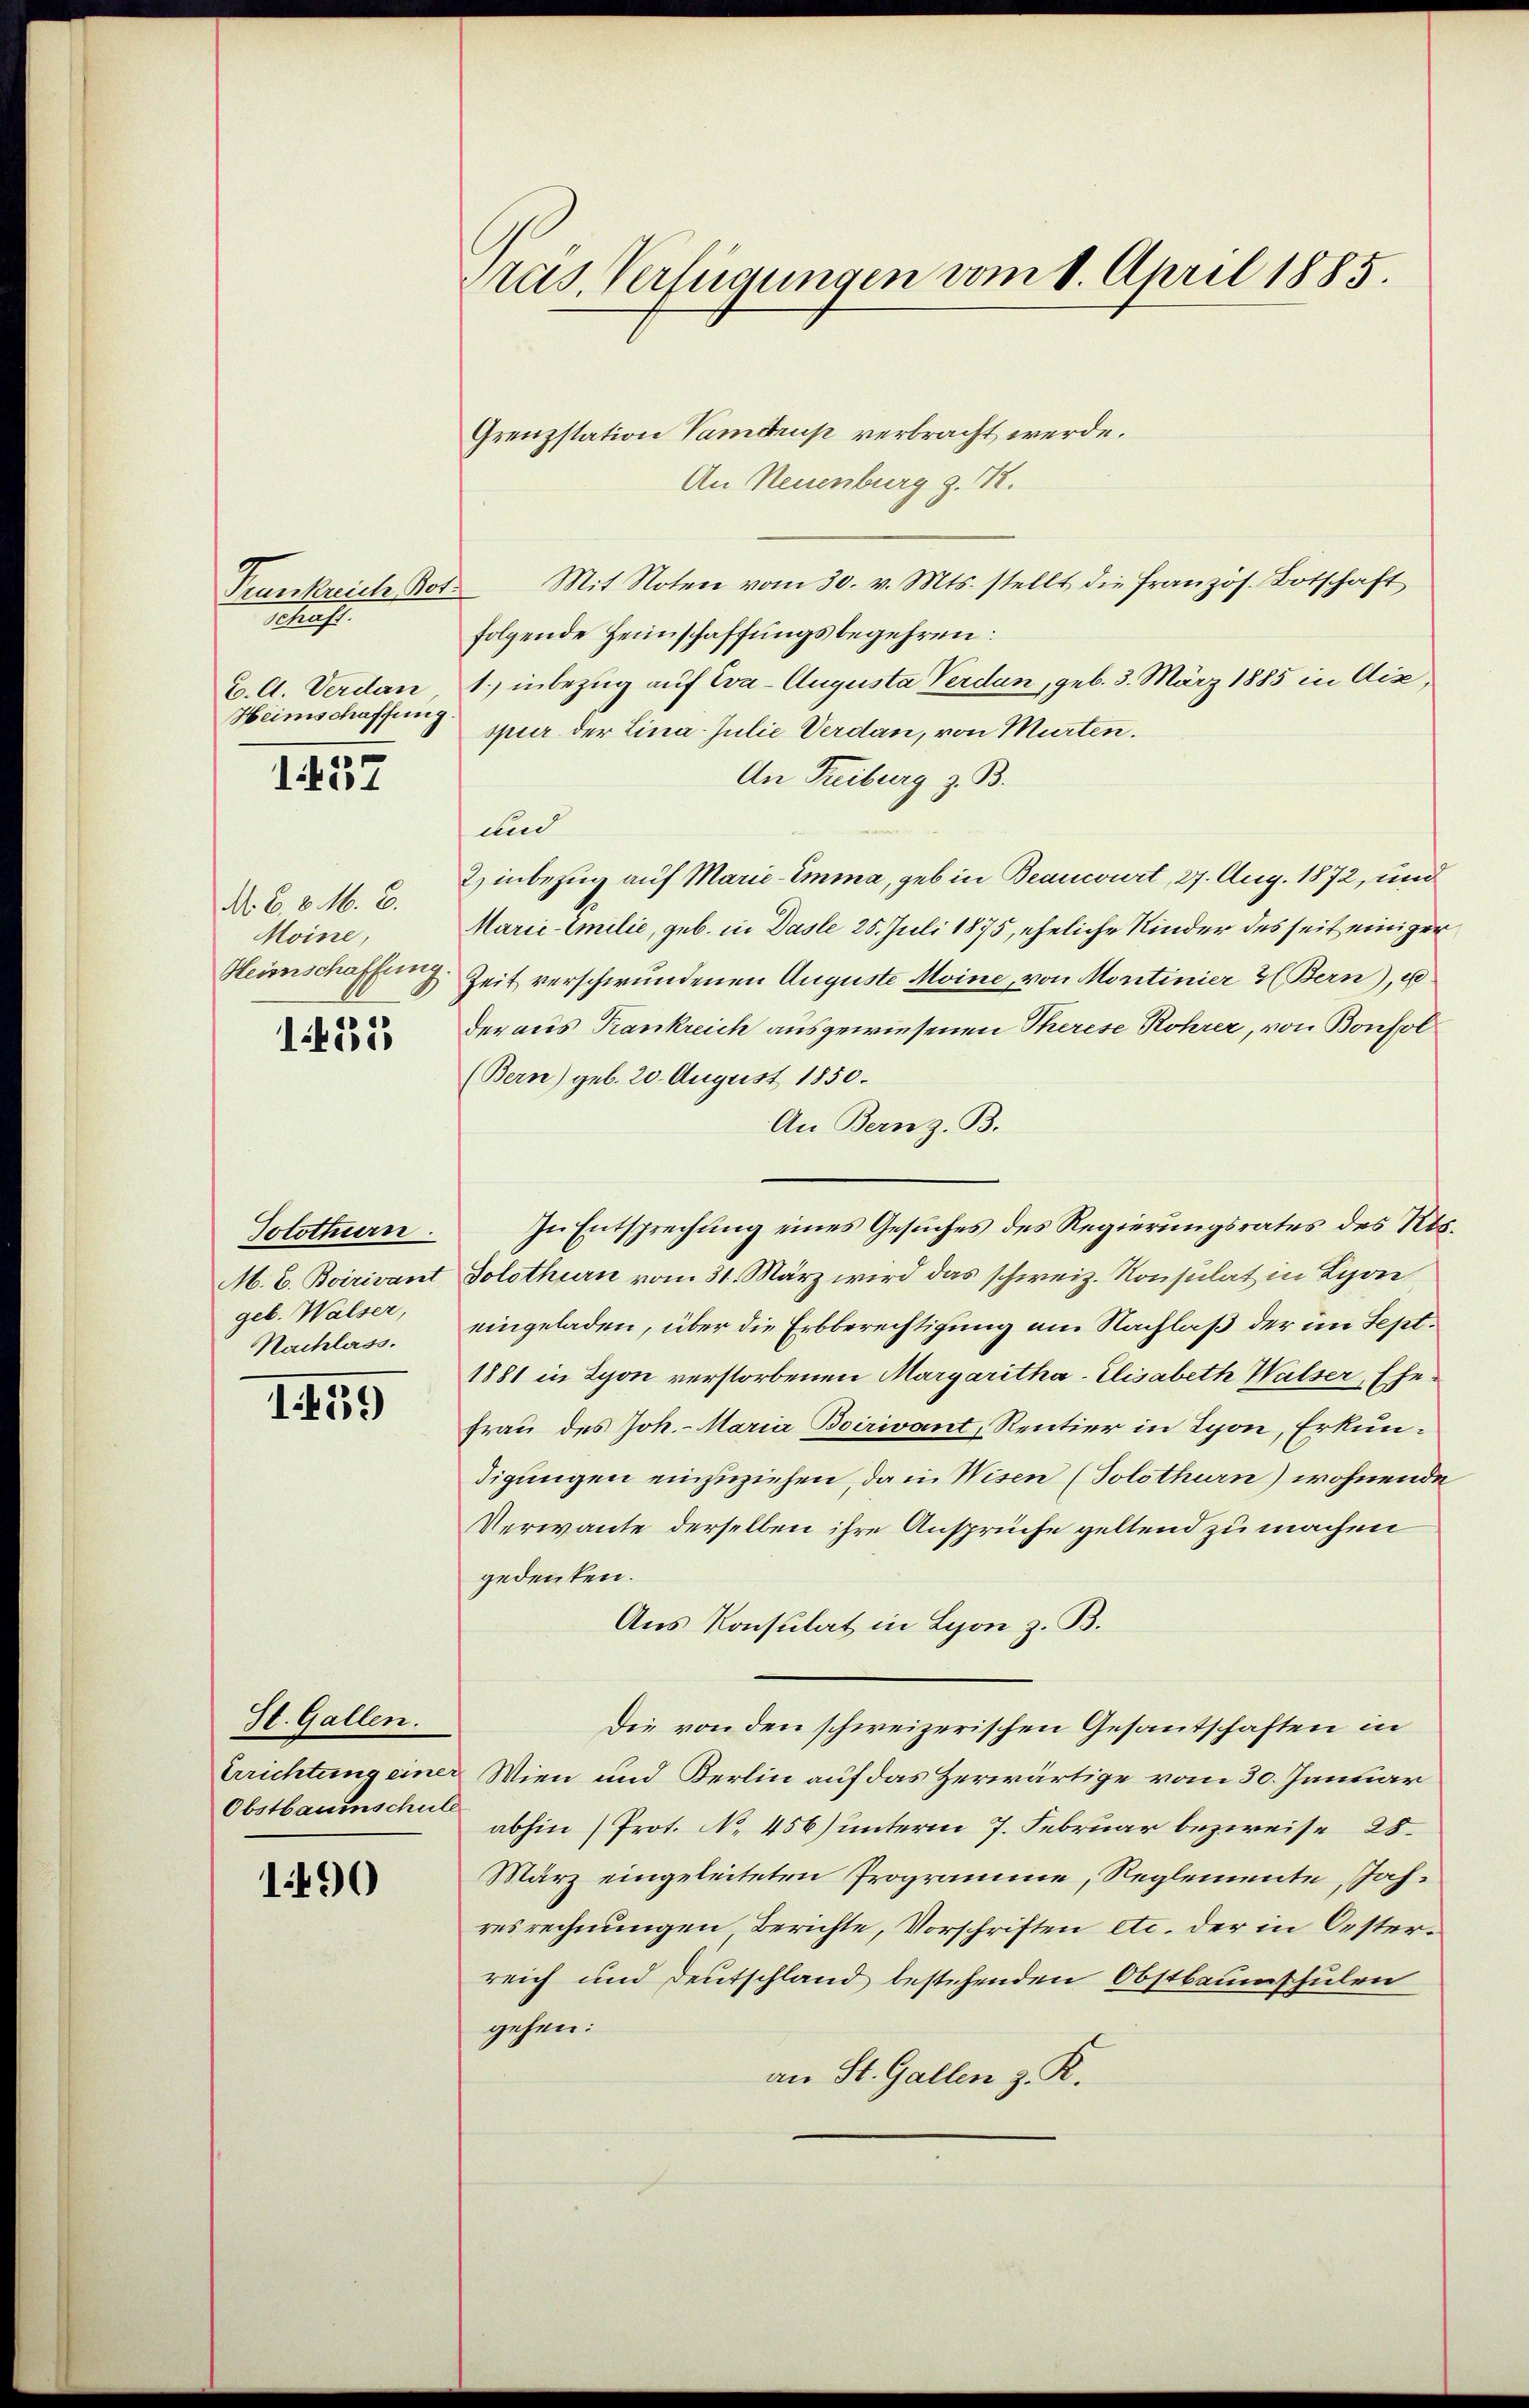
Trankreiche Kor
Schaft.
C. A. Verdan
Heimschaffung
1457

N. B. d. M. B.
Moine,
Heimschaffung

1535

Solothurn.
M. C. Boirivant
geb. Walser,
Nachlass.

1459

St. Gallen.
Obstbaumschule

190

Pras. Verfügungen vom 1. April 1885.

Grenzstation Vamdrup verbracht werde.
An Neuenburg z. B.
Mit Noten vom 30. v. Mts. stellt die Französ. Botschaft
folgende Heimschaffungsbegehren:
1.) inbezug auf Eva-Augusta Verdan, geb. 3. März 1885 in Ais,
spur der Lina-Julie Verdan, von Murten.
An Freiburg z. B.
und
2) inbezug auf Marie-Emma, geb in Beancourt, 27. Aug. 1872, und
Marie-Emilie, geb. in Dasle 25. Juli 1875, eheliche Kinder des seit einiger
Zeit verschwundenen Auguste Moine, von Montinier & Bern), u
der aus Trankreich ausgewiesenen Therese Rohrer, von Bonfol
(Bern) geb. 20. August 1850.
An Bernz. B.
In Entsprechung eines Gesuches des Regierungsrates des Kts.
Solothurn vom 31. März wird das schweiz. Konsulat in Lyon
eingeladen, über die Erbberechtigung am Nachlaß der im Sept.
1881 in Lyon verstorbenen Margaritha-Elisabeth Walser, Ehefrau des Joh. Maria Boirivant, Rentier in Lyon, Erkundigungen einzuziehen, da in Wisen (Solothurn) wohnende
Verwante derselben ihre Ansprüche geltend zu machen
gedenken.
Aus Konsulat in Lyon z. B.
Die von den schweizerischen Gesantschaften in
Errichtung einer Wien und Kerlin auf das Herwärtige vom 30. Januar
abhin (Prot. No. 456) unterm 7. Februar bezweife 28.
März eingeleiteten Programme, Reglemente Jahresrechnungen Berichte, Vorschriften etc. der in Oesterreich und Deutschland bestehenden Obstbaumschulen
gehen:
an St. Gallen z. K.